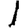
Digit: 1